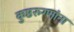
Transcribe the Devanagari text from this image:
कुष्ठरुग्णांना